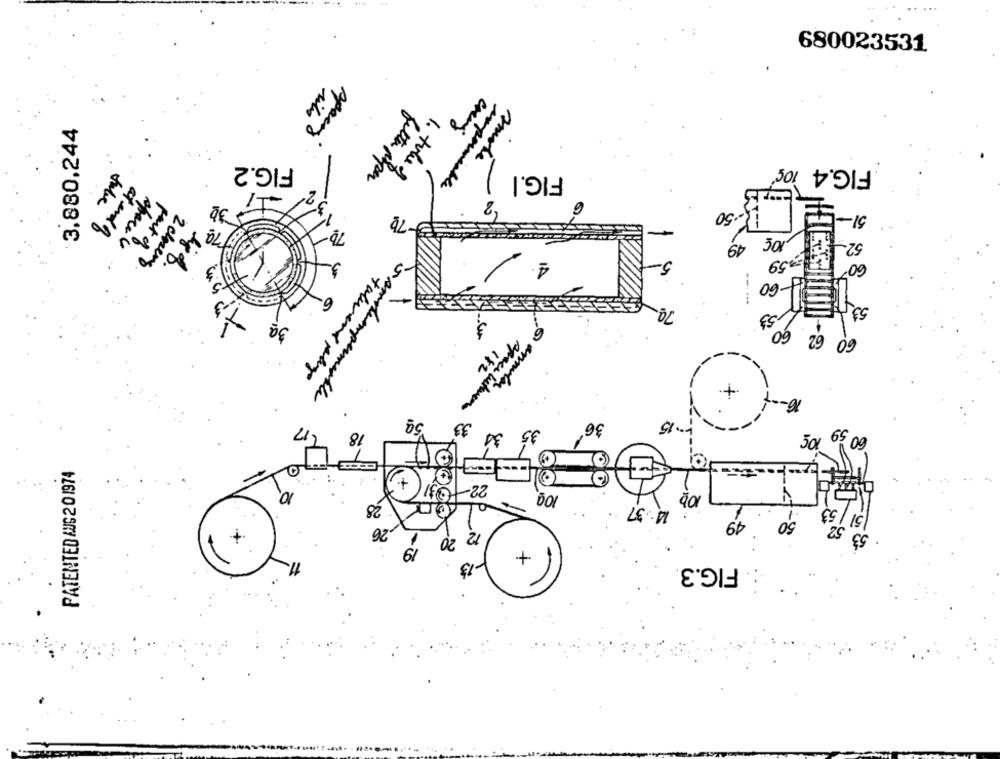
680023531
3.880,244
FIG.2
1. the
FIG.4 100
filter paper
FIG.I
oneable
Sale
50
51-
5
at end of
79
106
52-
49
part of
2 desens
=59
60
IA
-60
53
-3
70.
--. ...
,53
za
3
60 62 60
182
talement page
Apresto
+
16-
Mutuono
36
-
17
18
33
34
35
60 59 109
PATENTED AUG 201974
+
22-
10,
100
28
: 14:37
53
51
49
50
26
12
20
19
-13
FIG.3